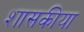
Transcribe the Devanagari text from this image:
शासकीया